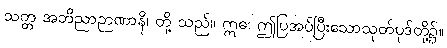
သတ္တ အဘိညာဉာဏာနိ၊ တို့ သည်။ ဣဓ၊ ဤပြအပ်ပြီးသောသုတ်ပုဒ်တို့၌။